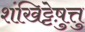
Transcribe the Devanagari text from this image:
शंखिट्टेषु़त्तु